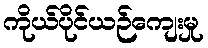
ကိုယ်ပိုင်ယဉ်ကျေးမှု